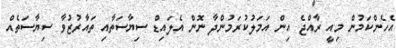
އެހެންކަމުން މިއީ ރާއްޖެ އިން އަމަލުކުރަމުންދާ ނޮން އެލައިޑް ސިޔާސަތާއި ތައާރުޒުވާ ސިޔާސަތެއް